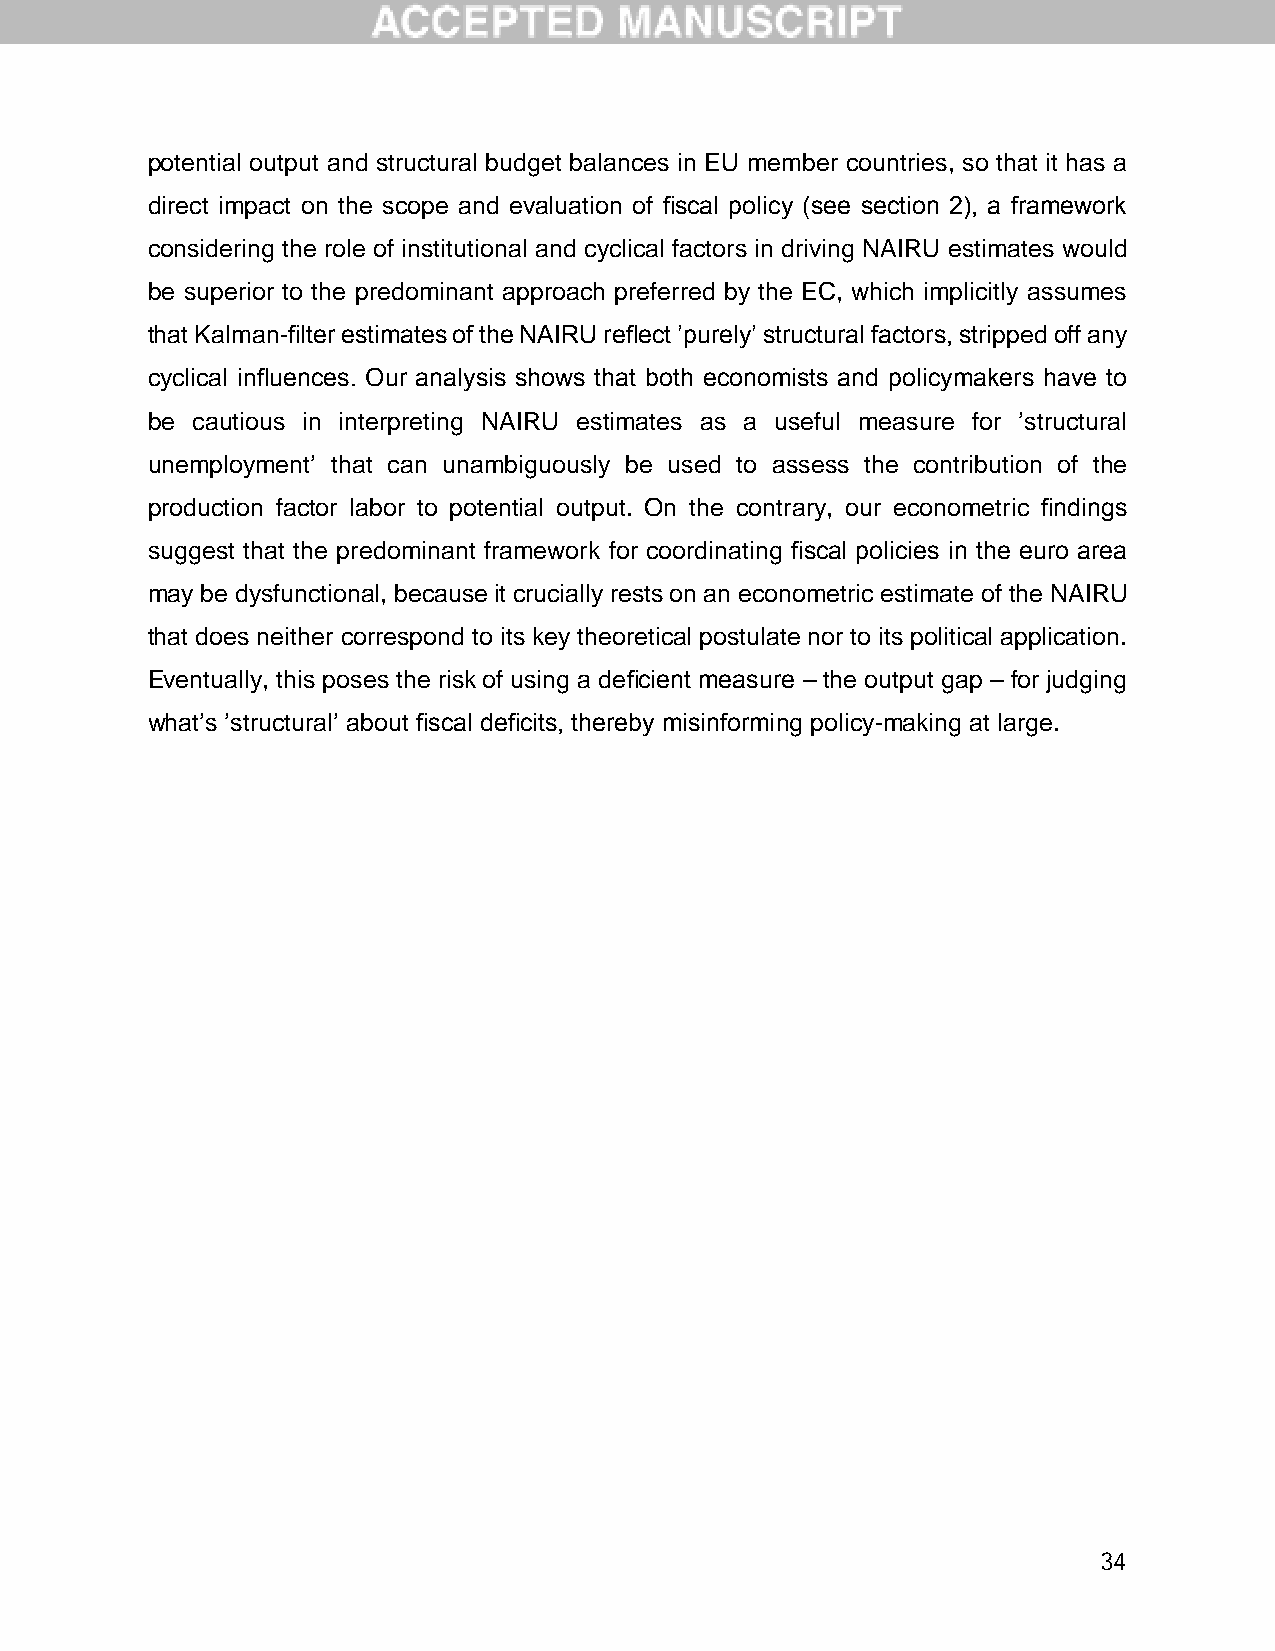
potential output and structural budget balances in EU member countries, so that it has a
 direct impact on the scope and evaluation of fiscal policy (see section 2), a framework
 considering the role of institutional and cyclical factors in driving NAIRU estimates would
 be superior to the predominant approach preferred by the EC, which implicitly assumes
 that Kalman-filter estimates of the NAIRU reflect ’purely’ structural factors, stripped off any
 cyclical influences. Our analysis shows that both economists and policymakers have to
 be cautious in interpreting NAIRU estimates as a useful measure for ’structural
 unemployment’ that can unambiguously be used to assess the contribution of the
 production factor labor to potential output. On the contrary, our econometric findings
 suggest that the predominant framework for coordinating fiscal policies in the euro area
 may be dysfunctional, because it crucially rests on an econometric estimate of the NAIRU
 that does neither correspond to its key theoretical postulate nor to its political application.
 Eventually, this poses the risk of using a deficient measure – the output gap – for judging
 what’s ’structural’ about fiscal deficits, thereby misinforming policy-making at large.
 34